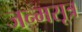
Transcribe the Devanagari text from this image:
जन्मसूत्र